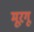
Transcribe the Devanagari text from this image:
मूरगू